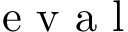
\mathrm { ~ e ~ v ~ a ~ l ~ }